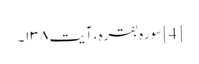
[4] سورہ بقرہ، آیت ۱۳۸۔